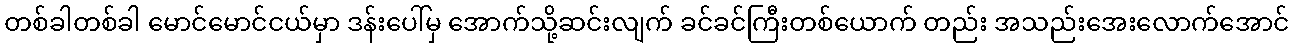
တစ်ခါတစ်ခါ မောင်မောင်ငယ်မှာ ဒန်းပေါ်မှ အောက်သို့ဆင်းလျက် ခင်ခင်ကြီးတစ်ယောက် တည်း အသည်းအေးလောက်အောင်